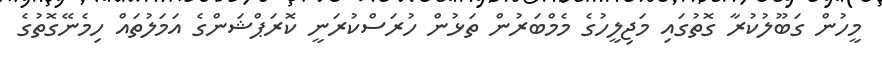
މީހުން ގަބޫލުކުރާ ގޮތުގައި މަޖިލީހުގެ މެމްބަރުން ތަޅުން ހުރަސްކުރަނީ ކޮރަޕްޝަންގެ އަމަލުތައް ހިމެނޭގޮތުގެ